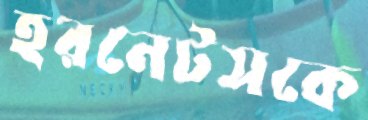
হরনেটসকে